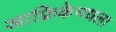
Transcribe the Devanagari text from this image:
आफ्रिकेमधला